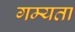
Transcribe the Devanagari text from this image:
गम्यता